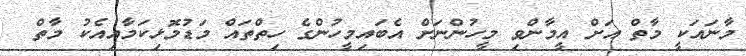
މާނައަކީ މާތް އަށް އީމާންވި މީހުންނަށް އެބައިމީހުންގެ ހިތްތައް މަޑުމޮޅިކަމާއިއެކު މާތް